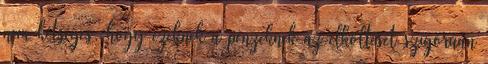
nem kétséges, hogy ezeknek a pénzeknek az elköltését szigorúan